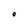
Character: 0